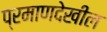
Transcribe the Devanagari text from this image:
प्रमाणदेखील